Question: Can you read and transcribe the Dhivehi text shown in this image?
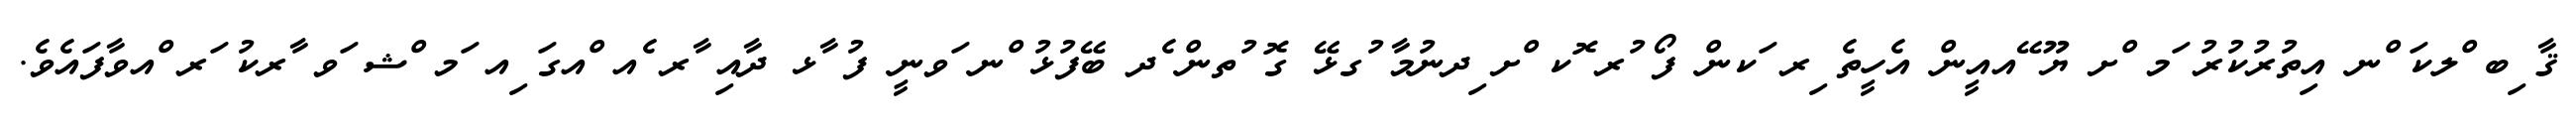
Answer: ޤާ ިބ ްލކަ ްނ އިތުރުކުރު ަމ ްށ ޔޫ ޭއއީން އެހީތެ ިރ ަކން ފޯ ުރ ޮކ ްށ ިދނުމާ ުގޅޭ ގޮ ުތން ެދ ބޭފުޅު ްނ ަވނީ ފު ާޅ ދާއި ާރ ެއ ްއގަ ިއ ަމ ްޝ ަވ ާރކު ަރ ްއވާފައެވެ.